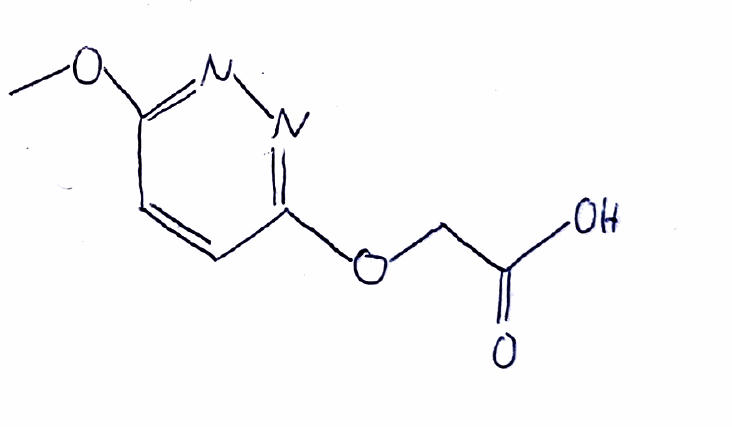
Simplified molecular-input line-entry system (SMILES) notation of the given molecule:
COC1=NN=C(C=C1)OCC(=O)O